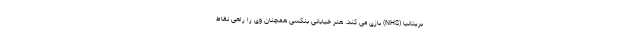
بریتانیا (NHS) بازی می کند. هنر خیابانی بنکسی همچنان وی را راهی نقاط